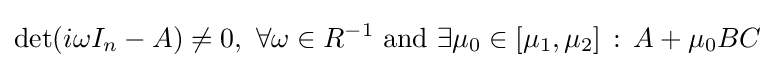
\det(i\omega I_{n}-A)\neq 0,\ \forall \omega \in R^{-1}{\text{ and }}\exists \mu _{0}\in [\mu _{1},\mu _{2}]\,:\,A+\mu _{0}BC